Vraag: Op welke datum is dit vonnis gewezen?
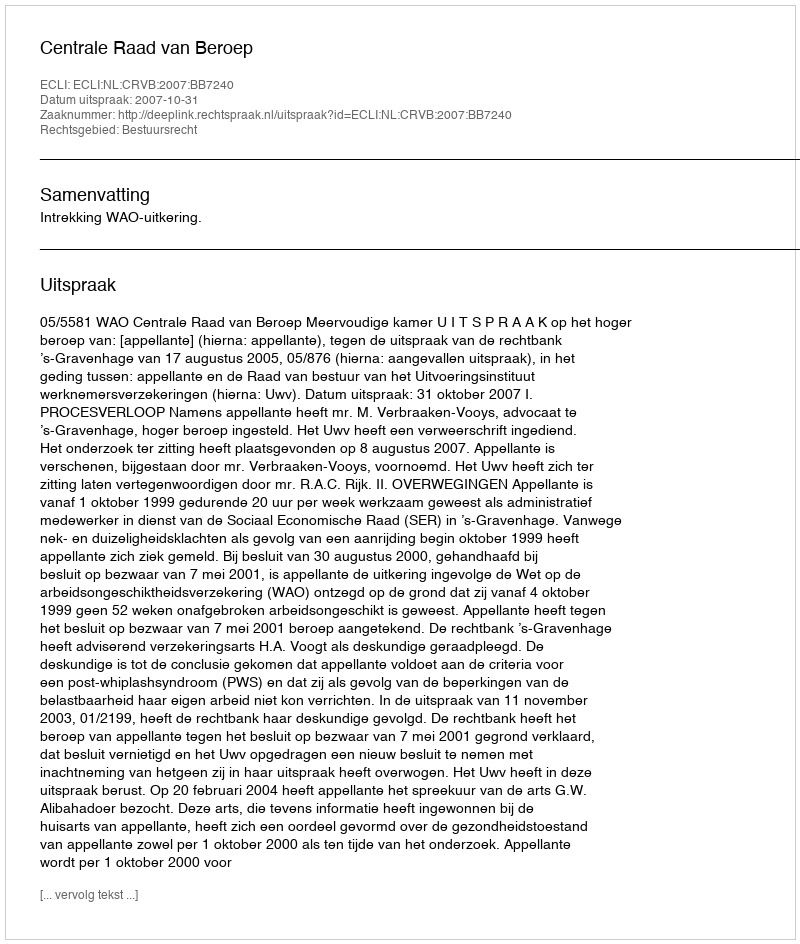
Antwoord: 2007-10-31